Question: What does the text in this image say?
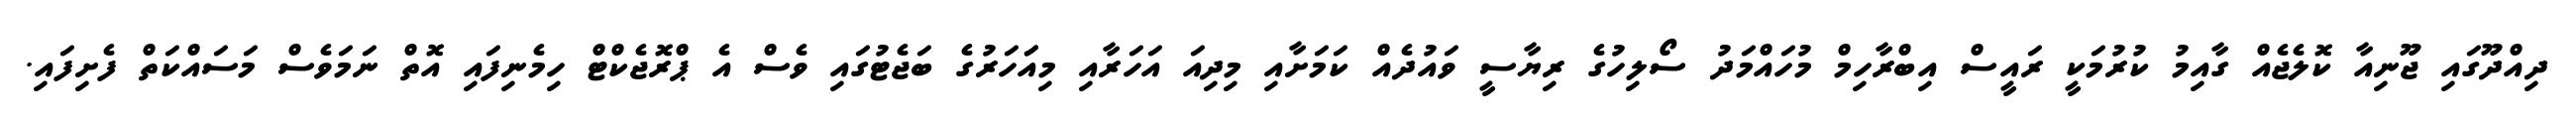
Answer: ދިއްދޫގައި ޖޫނިއާ ކޮލެޖެއް ގާއިމު ކުރުމަކީ ރައީސް އިބްރާހިމް މުހައްމަދު ސޯލިހުގެ ރިޔާސީ ވައުދެއް ކަމަށާއި މިދިއަ އަހަރާއި މިއަަހަރުގެ ބަޖެޓުގައި ވެސް އެ ޕްރޮޖެކްޓް ހިމެނިފައި އޮތް ނަމަވެސް މަސައްކަތް ފެށިފައި.